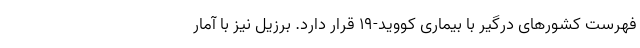
فهرست کشورهای درگیر با بیماری کووید-۱۹ قرار دارد. برزیل نیز با آمار